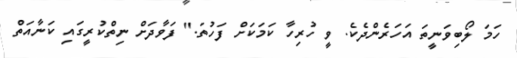
ހަމަ ލޯބިވަނީތަ އަހަރެންދެކެ. ވީ ހުރިހާ ކަމަކަށް ފަހުތަ." ފަވާދަށް ނިތްކުރީގައި ކަނާއަތް